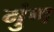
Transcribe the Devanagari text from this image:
गुंण